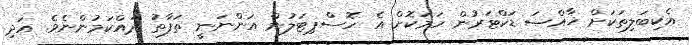
އެކިބަލިތަކަށް ޚާއްޞަ ޑަކްޓަރުން ހަމަކޮށް އެ ހޮސްޕިޓަލުން އަންނަނީ ތަފާތު ދައްކަމުންނެވެ. އަދި